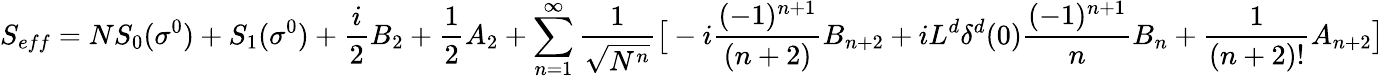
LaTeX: S_{eff}=NS_{0}(\sigma^{0})+S_{1}(\sigma^{0})+{\frac{i}{2}}B_{2}+{\frac{1}{2}}A_{2}+\sum_{n=1}^{\infty}{\frac{1}{\sqrt{N^{n}}}}\big[-i{\frac{(-1)^{n+1}}{(n+2)}}B_{n+2}+iL^{d}\delta^{d}(0){\frac{(-1)^{n+1}}{n}}B_{n}+{\frac{1}{(n+2)!}}A_{n+2}\big]